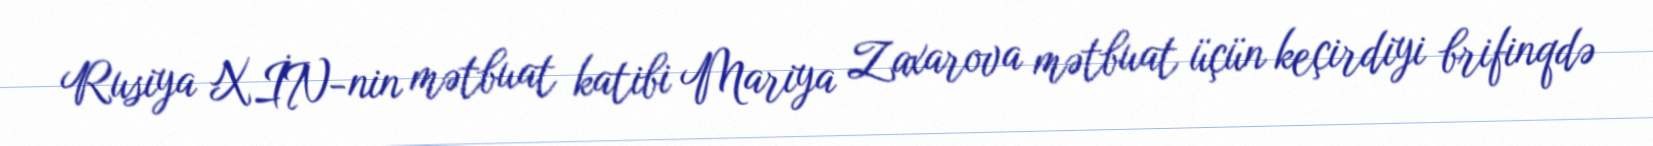
Rusiya XİN-nin mətbuat katibi Mariya Zaxarova mətbuat üçün keçirdiyi brifinqdə